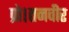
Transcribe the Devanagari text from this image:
प्रो।तनवीर